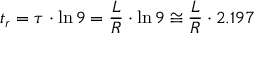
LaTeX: t _ { r } = \tau \cdot \ln 9 = { \frac { L } { R } } \cdot \ln 9 \cong { \frac { L } { R } } \cdot 2 . 1 9 7